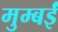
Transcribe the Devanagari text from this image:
मुम्बईं